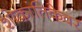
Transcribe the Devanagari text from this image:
शोकांतिकेवर